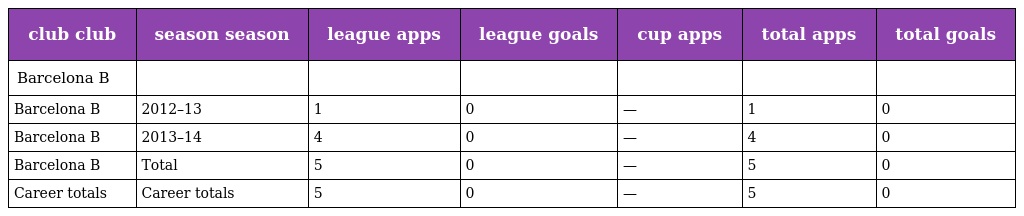
| club club | season season | league apps | league goals | cup apps | total apps | total goals |
 | --- | --- | --- | --- | --- | --- | --- |
 | Barcelona B |  |  |  |  |  |  |
 | Barcelona B | 2012–13 | 1 | 0 | — | 1 | 0 |
 | Barcelona B | 2013–14 | 4 | 0 | — | 4 | 0 |
 | Barcelona B | Total | 5 | 0 | — | 5 | 0 |
 | Career totals | Career totals | 5 | 0 | — | 5 | 0 |